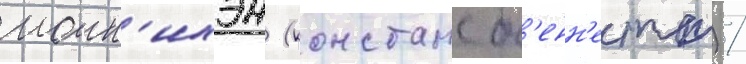
моин'ихэн (констанс б'енн'етт) /